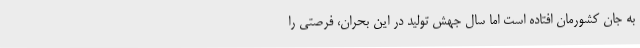
به جان کشورمان افتاده است اما سال جهش تولید در این بحران، فرصتی را